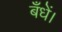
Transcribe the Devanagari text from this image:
बँधें।